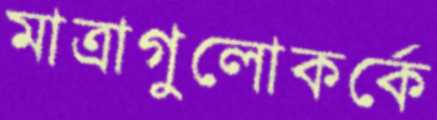
মাত্রাগুলোকর্কে